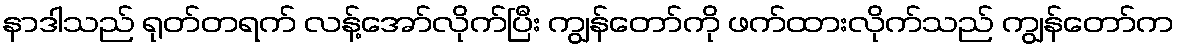
နာဒါသည် ရုတ်တရက် လန့်အော်လိုက်ပြီး ကျွန်တော်ကို ဖက်ထားလိုက်သည် ကျွန်တော်က